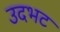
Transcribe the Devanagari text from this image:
उदभट